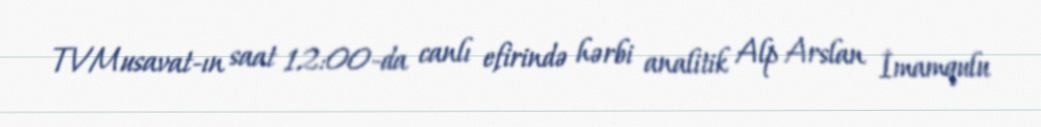
TVMusavat-ın saat 12:00-da canlı efirində hərbi analitik Alp Arslan İmamqulu